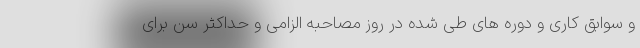
و سوابق کاری و دوره های طی شده در روز مصاحبه الزامی و حداکثر سن برای